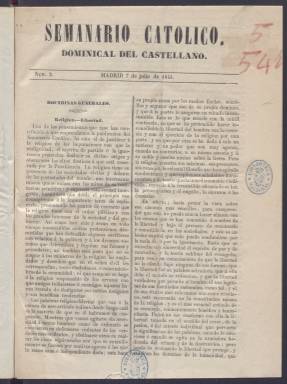
Título: Semanario católico
Colección: Periódicos anteriores a 1850
Ámbito geográfico: Madrid
Lugar de publicación: Madrid
Fechas: 07/07/1844-24/11/1844